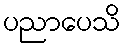
ပညာပေသိ